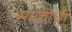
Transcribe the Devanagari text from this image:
माफीची